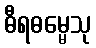
ဓီရဓမ္မေသု